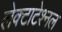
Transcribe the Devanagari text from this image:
लेक्टाटेश्नल